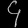
Digit: ၄